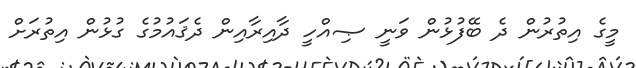
މީގެ އިތުރުން ދެ ބޭފުޅުން ވަނީ ޞިއްހީ ދާއިރާއިން ދެޤައުމުގެ ގުޅުން އިތުރަށް